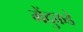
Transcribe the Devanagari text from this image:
मेंदुकडे